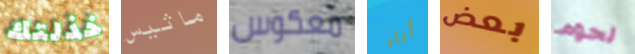
خذلتك ماثيس معكوس أباد بعض لحوم